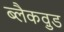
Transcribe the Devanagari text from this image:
ब्लैकव़ुड